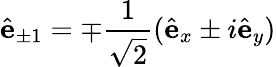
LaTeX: \hat{\mathbf{e}}_{\pm 1}=\mp\frac{1}{\sqrt{2}}(\hat{\mathbf{e}}_{x}\pm i\hat{\mathbf{e}}_{y})